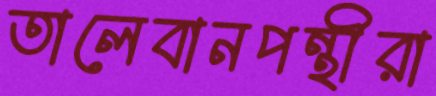
তালেবানপন্থীরা